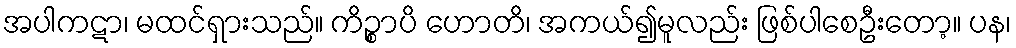
အပါကဋာ၊ မထင်ရှားသည်။ ကိဉ္စာပိ ဟောတိ၊ အကယ်၍မူလည်း ဖြစ်ပါစေဦးတော့။ ပန၊